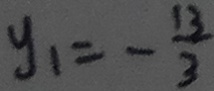
y _ { 1 } = - \frac { 1 3 } { 3 }